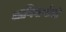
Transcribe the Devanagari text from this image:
आणिबाणीची